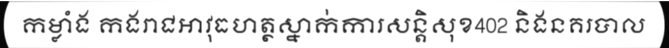
កម្លាំង កងរាជអាវុធហត្ថស្នាក់ការសន្តិសុខ402 និងនគរបាល